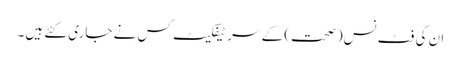
ان کی فٹ نس(صحت) کے سر ٹیفکیٹ کس نے جاری کئے ہیں۔